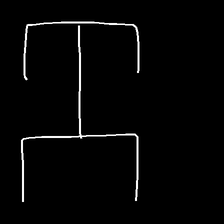
Glyph: entwine